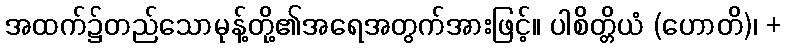
အထက်၌တည်သောမုန့်တို့၏အရေအတွက်အားဖြင့်။ ပါစိတ္တိယံ (ဟောတိ)၊ +